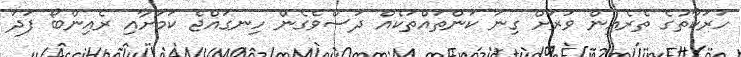
ހަރަކާތުގެ ތެރެއިން ވަރަށް ގިނަ ކަންތައްތަކެއް ދަސްވެގެން ހިނގައްޖެ ކަމަށާއި ރެއިންބޯ ފަދަ